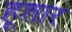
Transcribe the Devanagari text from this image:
हूशार